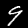
Digit: 9